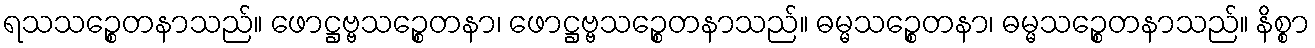
ရသသဉ္စေတနာသည်။ ဖောဋ္ဌဗ္ဗသဉ္စေတနာ၊ ဖောဋ္ဌဗ္ဗသဉ္စေတနာသည်။ ဓမ္မသဉ္စေတနာ၊ ဓမ္မသဉ္စေတနာသည်။ နိစ္စာ